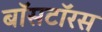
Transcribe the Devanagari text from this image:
बॉसटॉरस